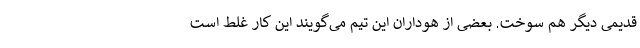
قدیمی دیگر هم سوخت. بعضی از هوداران این تیم می‌گویند این کار غلط است